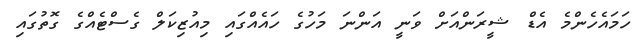
ހަމައެހެންމެ އެޑް ޝީރަންއަށް ވަނީ އަންނަ މަހުގެ ހައެއްގައި މިއުޒިކަލް ގެސްޓެއްގެ ގޮތުގައި